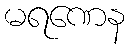
မရဏေန